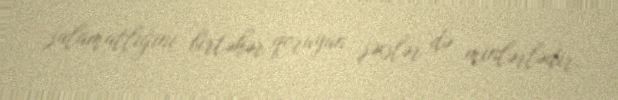
salamatlığını birtəhər qoruyan şəxslər də minlərlədir.